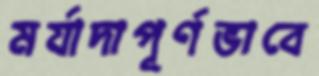
মর্যাদাপূর্ণভাবে